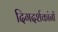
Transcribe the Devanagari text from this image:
दिगदर्शकांनी